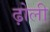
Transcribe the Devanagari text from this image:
ढ़ोली